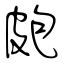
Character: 皰